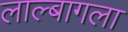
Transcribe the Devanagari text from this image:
लाल्बागला